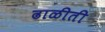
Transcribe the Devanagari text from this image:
ढाळीती